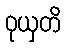
ဝုယှတိ